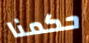
حكمنا